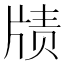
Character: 𱭜